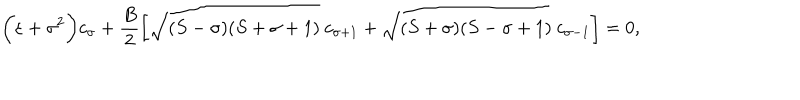
\biggl ( \varepsilon + \sigma ^ { 2 } \biggr ) c _ { \sigma } + \frac { B } { 2 } \biggl [ \sqrt { ( S - \sigma ) ( S + \sigma + 1 ) } ~ c _ { \sigma + 1 } + \sqrt { ( S + \sigma ) ( S - \sigma + 1 ) } ~ c _ { \sigma - 1 } \biggr ] = 0 ,